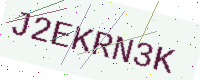
Text: J2EKRN3K